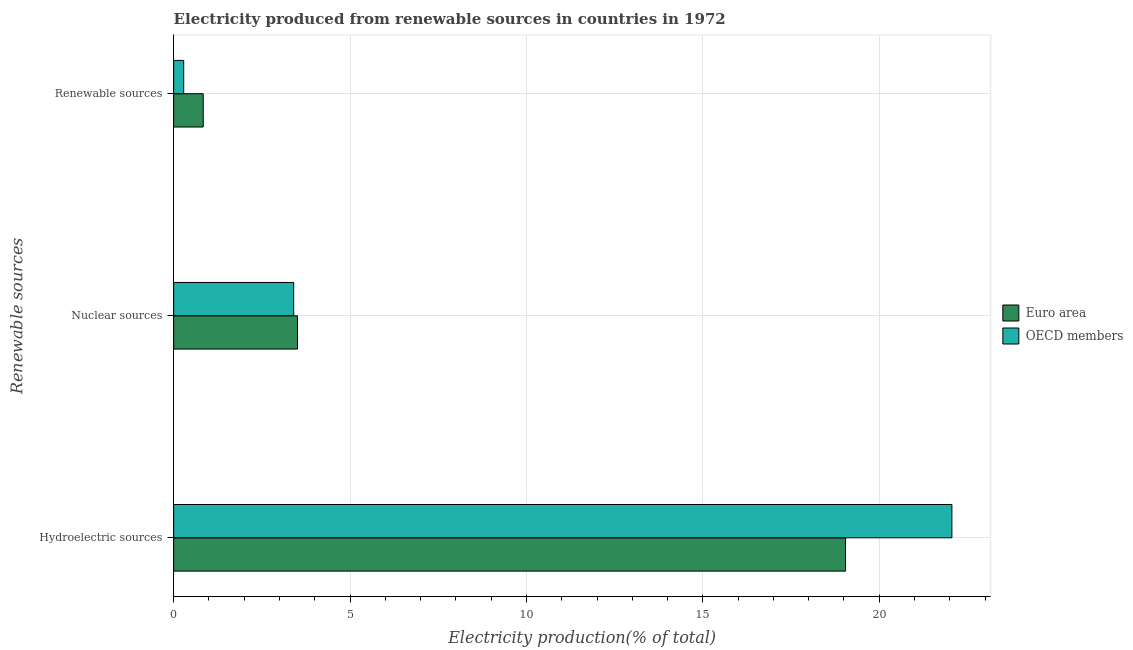
| Renewable sources | Euro area | OECD members |
 | --- | --- | --- |
 | Hydroelectric sources | 19 | 22.1 |
 | Nuclear sources | 3.51 | 3.4 |
 | Renewable sources | 0.837 | 0.284 |